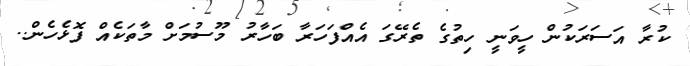
ކުރާ އަސަރަކުން ހީވަނީ ހިތުގެ ތެރޭގަ އެއްފަހަރާ ބަހާރު މޫސުމަށް މާތަކެއް ފޮޅެހެން..